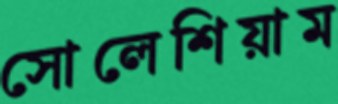
সোলেশিয়াম